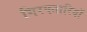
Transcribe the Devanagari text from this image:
गिरफ्तारियॉ